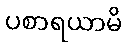
ပစာရယာမိ